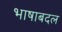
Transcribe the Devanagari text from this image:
भाषाबदल